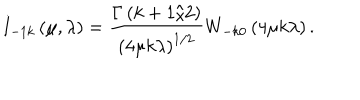
I _ { - 1 k } \left( \mu , \lambda \right) = \frac { \Gamma \left( k + 1 / 2 \right) } { \left( 4 \mu k \lambda \right) ^ { 1 / 2 } } W _ { - k 0 } \left( 4 \mu k \lambda \right) .